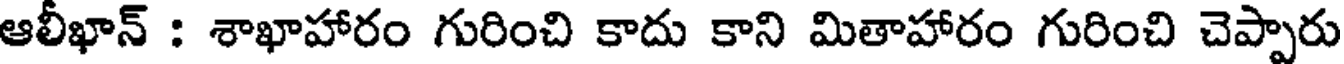
ఆలీఖాన్ : శాఖాహారం గురించి కాదు కాని మితాహారం గురించి చెప్పారు